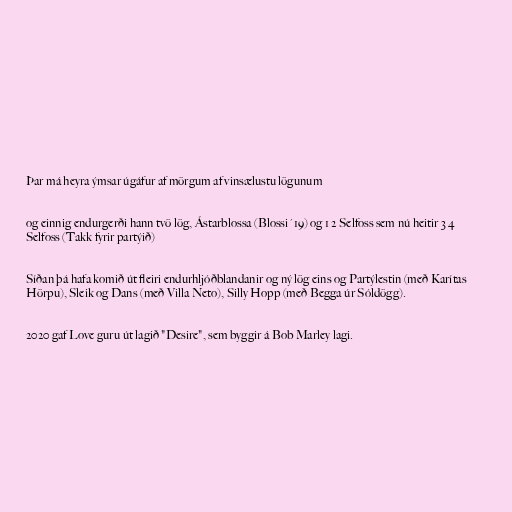
Þar má heyra ýmsar úgáfur af mörgum af vinsælustu lögunum

og einnig endurgerði hann tvö lög, Ástarblossa (Blossi´19) og 1 2 Selfoss sem nú heitir 3 4
Selfoss (Takk fyrir partýið)

Síðan þá hafa komið út fleiri endurhljóðblandanir og ný lög eins og Partýlestin (með Karítas
Hörpu), Sleik og Dans (með Villa Neto), Silly Hopp (með Begga úr Sóldögg).

2020 gaf Love guru út lagið "Desire", sem byggir á Bob Marley lagi.